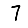
Digit: 7